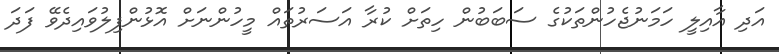
އަދި އާއިލީ ހަމަނުޖެހުންތަކުގެ ސަބަބުން ހިތަށް ކުރާ އަސަރުތައް މީހުންނަށް އޮޅުންފިލުވައިދެވޭ ފަދަ